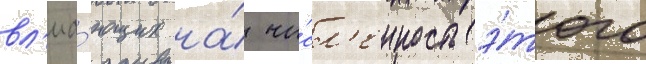
вл'иа́ющих на́ чи́сл'енность э́того